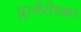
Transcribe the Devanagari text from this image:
प्लानेरोच्का